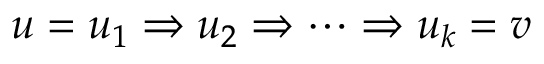
u = u _ { 1 } \Rightarrow u _ { 2 } \Rightarrow \cdots \Rightarrow u _ { k } = v